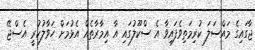
ޖާގައިގެ މައްސަލަ ކުރިމަތިވެފައިވާ އެ ސްކޫލުގައި އާ އިމާރާތެއް އެޅުމަށް ހަވާލުކުރީ އެސްޖޭ